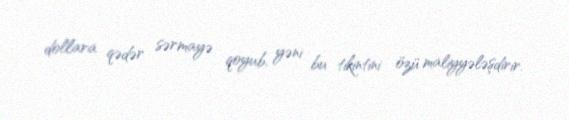
dollara qədər sərmayə qoyub, yəni bu tikintini özü maliyyələşdirir.